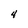
Character: 4